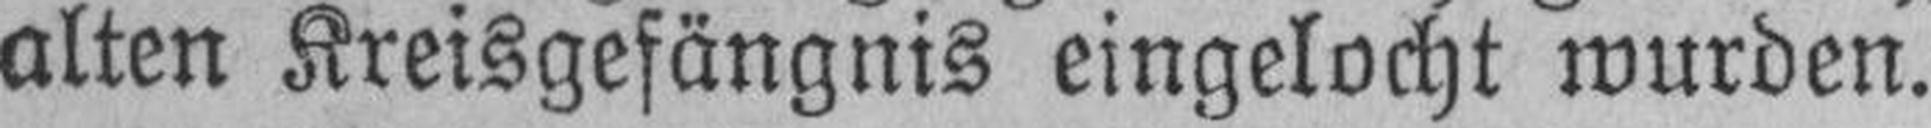
alten Kreisgefängnis eingelocht wurden.